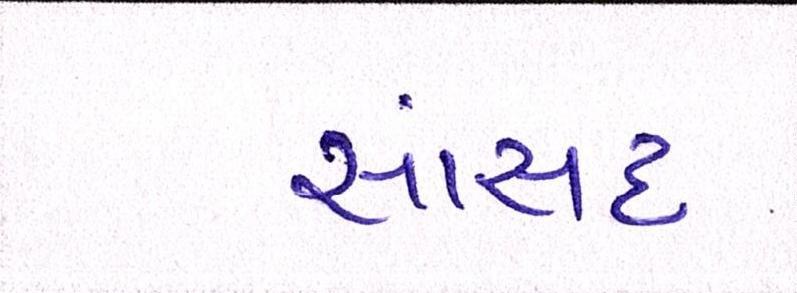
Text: સાંસદ